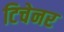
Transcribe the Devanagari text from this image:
टिचेनर